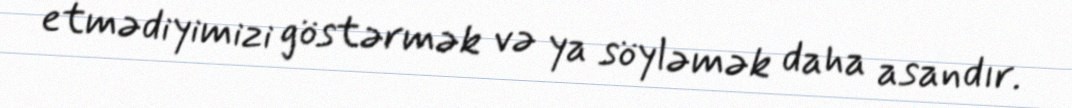
etmədiyimizi göstərmək və ya söyləmək daha asandır.